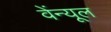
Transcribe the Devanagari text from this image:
वेंन्यूल